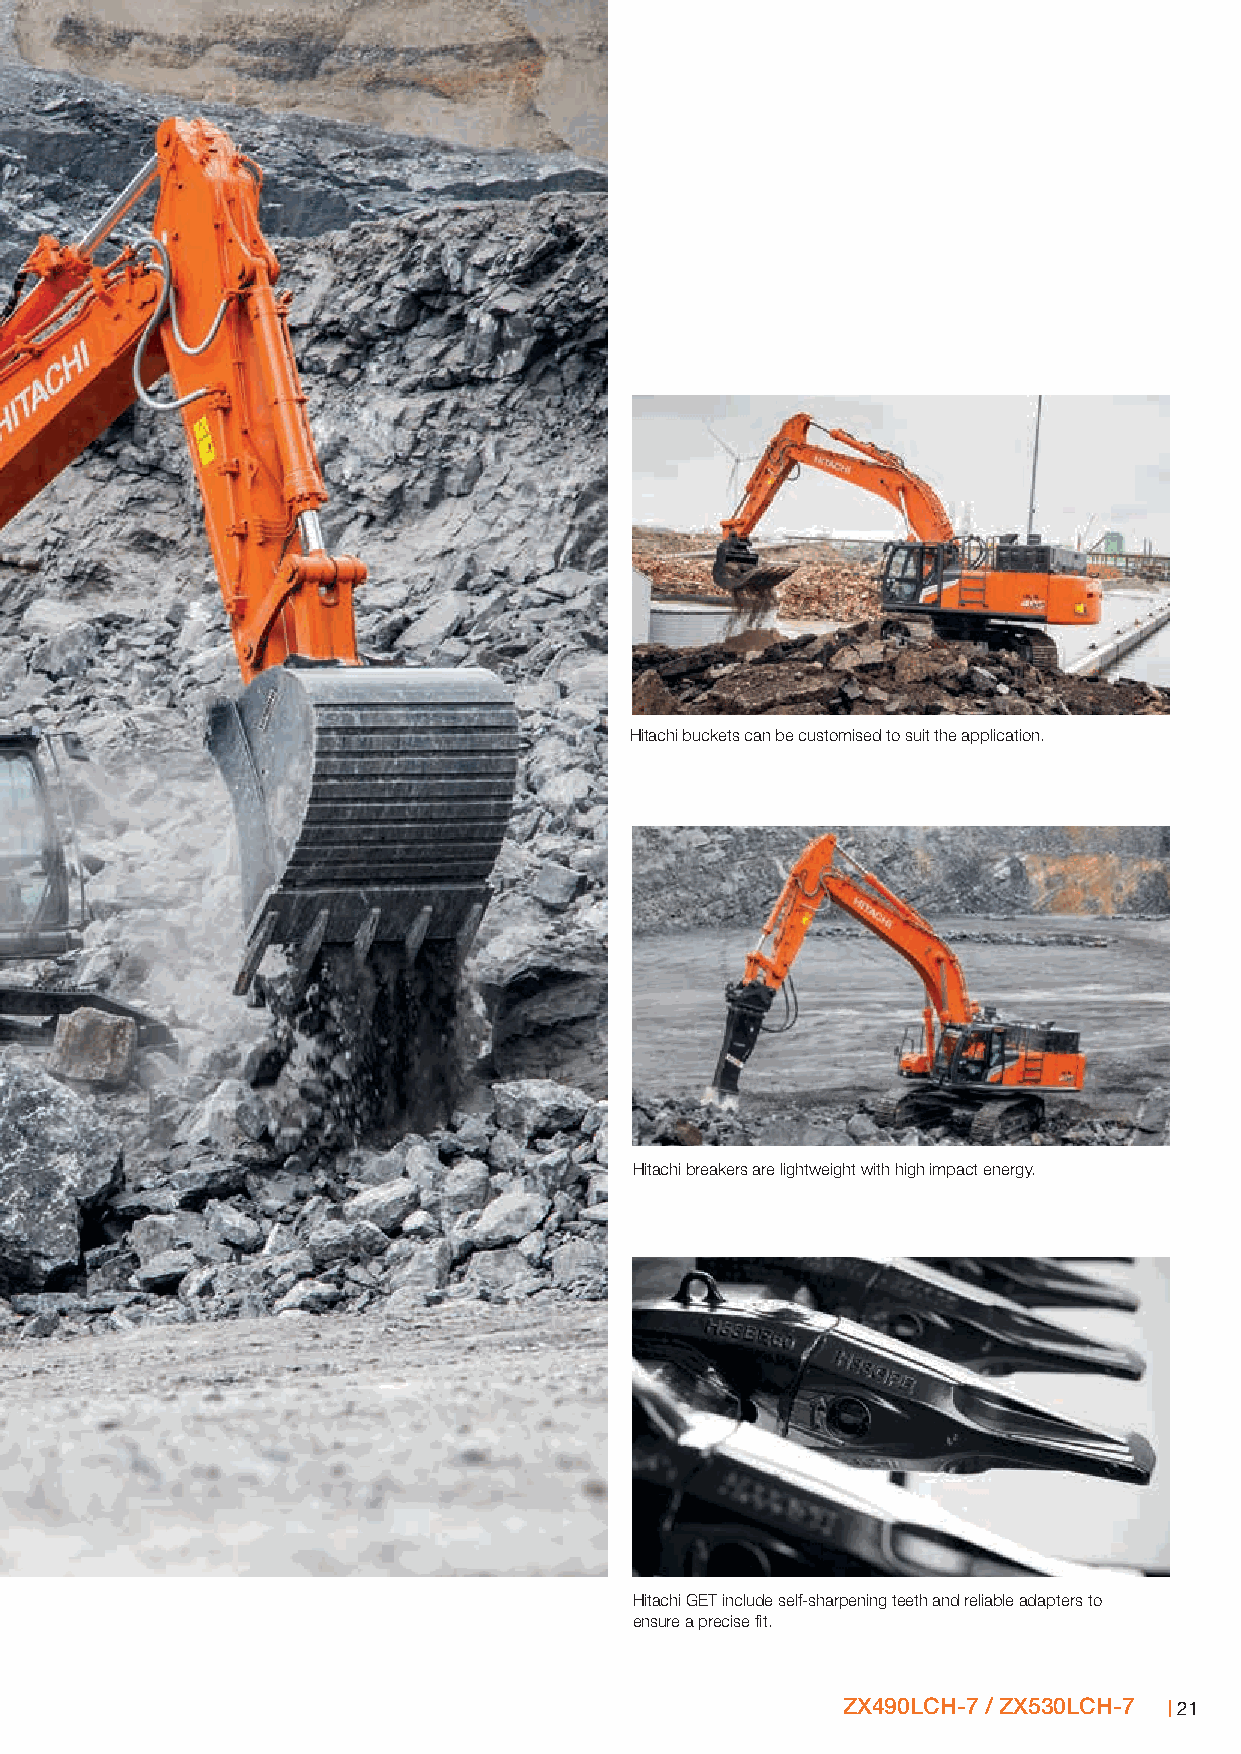
Hitachi buckets can be customised to suit the application.
 Hitachi breakers are lightweight with high impact energy.
 Hitachi GET include self-sharpening teeth and reliable adapters to
 ensure a precise fit.
 ZX490LCH-7 / ZX530LCH-7 21